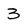
Character: 3